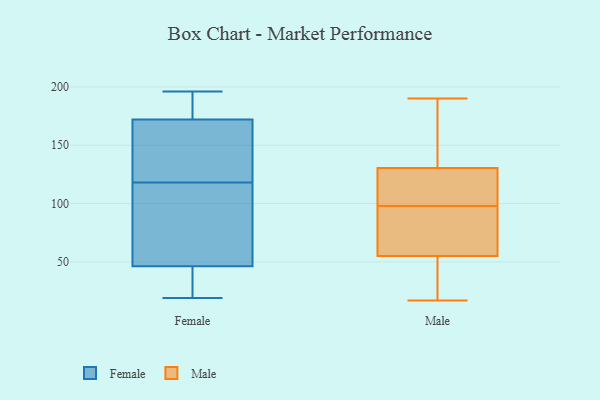
{"axis": {"x": "Satisfaction Score", "y": "Value"}, "legend": ["Female", "Male"], "data": [{"x": "", "y": 141, "type": "Female"}, {"x": "", "y": 196, "type": "Female"}, {"x": "", "y": 56, "type": "Female"}, {"x": "", "y": 190, "type": "Female"}, {"x": "", "y": 181, "type": "Female"}, {"x": "", "y": 19, "type": "Female"}, {"x": "", "y": 118, "type": "Female"}, {"x": "", "y": 103, "type": "Female"}, {"x": "", "y": 43, "type": "Female"}, {"x": "", "y": 25, "type": "Female"}, {"x": "", "y": 145, "type": "Female"}, {"x": "", "y": 53, "type": "Male"}, {"x": "", "y": 68, "type": "Male"}, {"x": "", "y": 131, "type": "Male"}, {"x": "", "y": 32, "type": "Male"}, {"x": "", "y": 86, "type": "Male"}, {"x": "", "y": 161, "type": "Male"}, {"x": "", "y": 107, "type": "Male"}, {"x": "", "y": 61, "type": "Male"}, {"x": "", "y": 129, "type": "Male"}, {"x": "", "y": 17, "type": "Male"}, {"x": "", "y": 98, "type": "Male"}, {"x": "", "y": 47, "type": "Male"}, {"x": "", "y": 190, "type": "Male"}, {"x": "", "y": 152, "type": "Male"}, {"x": "", "y": 77, "type": "Male"}, {"x": "", "y": 50, "type": "Male"}, {"x": "", "y": 123, "type": "Male"}, {"x": "", "y": 154, "type": "Male"}, {"x": "", "y": 103, "type": "Male"}]}